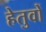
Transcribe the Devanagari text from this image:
हेतुवों